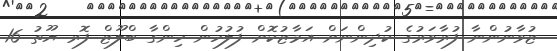
ޒުވާނުންނާ ފުރާވަރުގެ ކުދިންނަށް އަމާޒުކޮށް ފުލުހުން ހިންގާ ބްލޫޒް ފޮރ ޔޫތު 16